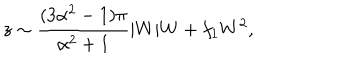
LaTeX: z \sim \frac { ( 3 \alpha ^ { 2 } - 1 ) \pi } { \alpha ^ { 2 } + 1 } | W | W + f _ { 1 } W ^ { 2 } ,